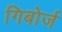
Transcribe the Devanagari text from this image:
गिबोर्ज